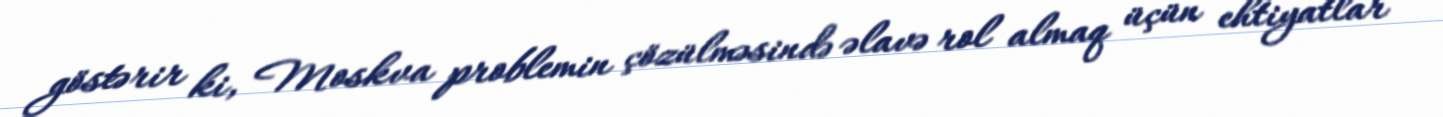
göstərir ki, Moskva problemin çözülməsində əlavə rol almaq üçün ehtiyatlar